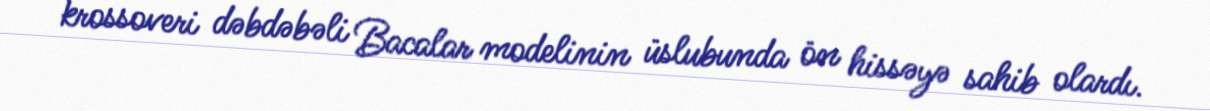
krossoveri dəbdəbəli Bacalar modelinin üslubunda ön hissəyə sahib olardı.